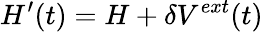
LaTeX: H^{\prime}(t)=H+\delta V^{ext}(t)